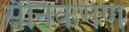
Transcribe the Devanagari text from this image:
सैनिकगण